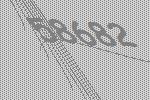
58682